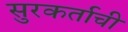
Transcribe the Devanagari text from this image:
सुरकर्ताची